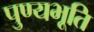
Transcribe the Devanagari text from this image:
पुण्यभूति